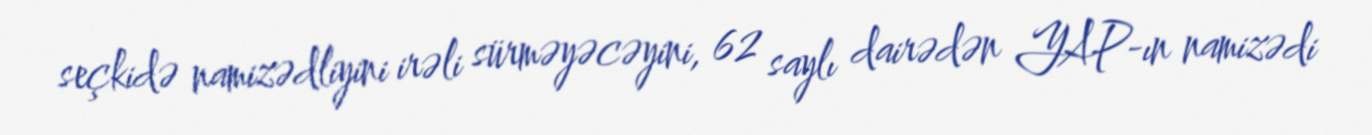
seçkidə namizədliyini irəli sürməyəcəyini, 62 saylı dairədən YAP-ın namizədi